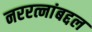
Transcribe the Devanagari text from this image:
नररत्नांबद्दल